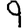
Digit: 9